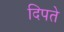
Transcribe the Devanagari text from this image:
दिपते